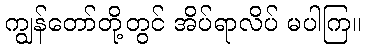
ကျွန်တော်တို့တွင် အိပ်ရာလိပ် မပါကြ။